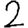
Digit: 2